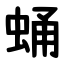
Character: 蛹